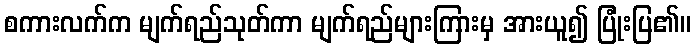
စကားလက်က မျက်ရည်သုတ်ကာ မျက်ရည်များကြားမှ အားယူ၍ ပြုံးပြ၏။